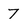
Character: 7